Vaccination in the Punjab 1905-1918 - 1905-1918
Year: 1905
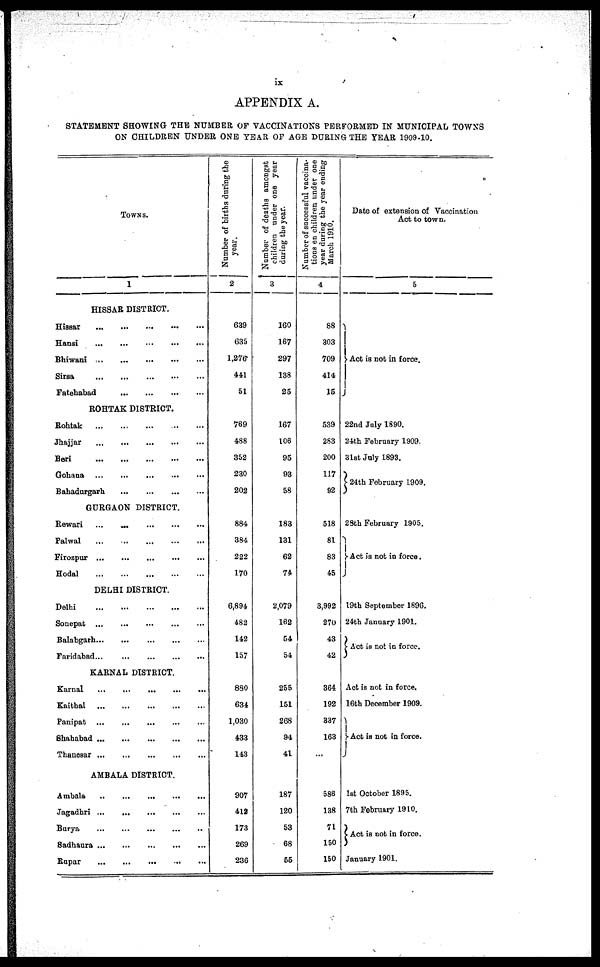
ix
APPENDIX A.
STATEMENT SHOWING THE NUMBER OF VACCINATIONS PERFORMED IN MUNICIPAL TOWNS
ON CHILDREN UNDER ONE YEAR OF AGE DURING THE YEAR 1909-10.
TOWNS.
1
HISSAR DISTRICT.
Hissar
...
...
...
...
...
Hansi
...
...
...
...
...
Bhiwani
...
...
...
...
...
Sirsa
...
...
...
...
...
Fatehabad
...
...
...
...
...
ROHTAK DISTRICT.
Rohtak
...
...
...
...
...
Jhajjar
...
...
...
...
...
Beri
...
...
...
...
...
Gohana
...
...
...
...
...
Bahadurgarh
...
...
...
...
...
GURGAON DISTRICT.
Rewari
...
...
...
...
...
Palwal
...
...
...
...
...
Firozpur
...
...
...
...
...
Hodal
...
...
...
...
...
DELHI DISTRICT.
Delhi
...
...
...
...
...
Sonepat
...
...
...
...
...
Balabgarh
...
...
...
...
...
Faridabad
...
...
...
...
...
KARNAL DISTRICT.
Karnal
...
...
...
...
...
Kaithal
...
...
...
...
...
Panipat
...
...
...
...
...
Shahabad
...
...
...
...
...
Thanesar
...
...
...
...
...
AMBALA DISTRICT.
Ambala
...
...
...
...
...
Jagadhri
...
...
...
...
...
Burya
...
...
...
...
...
Sadhaura
...
...
...
...
...
Rupar
...
...
...
...
...
Number of births during the
year.
2
639
635
1,276
441
51
769
488
352
230
202
884
384
222
170
6,894
482
142
157
880
634
1,030
433
143
907
412
173
269
236
Number of deaths amongst
children under one year
during the year.
3
160
167
297
138
25
167
106
95
93
58
183
131
62
74
2,079
162
54
54
255
151
268
94
41
187
120
53
68
55
Number of successful vaccina-
tions en children under one
year during the year ending
March 1910.
4
88
303
709
414
15
539
283
200
117
92
518
81
83
45
3,992
270
43
42
364
192
337
163
...
586
138
71
150
150
Date of extension of Vaccination
Act to town.
5
Act is not in force.
22nd July 1890.
24th February 1909.
31st July 1893.
24th February 1909.
28th February 1905.
Act is not in force.
19th September 1896.
24th January 1901.
Act is not in force.
Act is not in force.
16th December 1909.
Act is not in force.
1st October 1895.
7th February 1910.
Act is not in force.
January 1901.